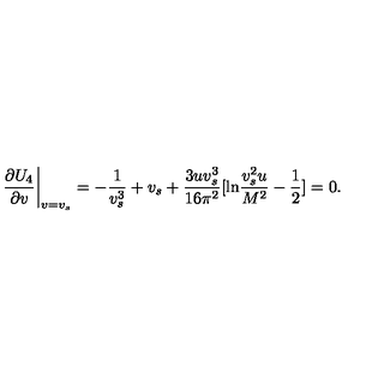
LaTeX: \left. \frac { \partial U _ { 4 } } { \partial v } \right| _ { v = v _ { s } } = - \frac { 1 } { v _ { s } ^ { 3 } } + v _ { s } + \frac { 3 u v _ { s } ^ { 3 } } { 1 6 \pi ^ { 2 } } [ \mathrm { l n } \frac { v _ { s } ^ { 2 } u } { M ^ { 2 } } - \frac { 1 } { 2 } ] = 0 .